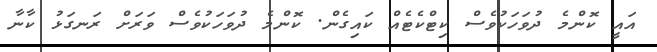
އައީ ކޮންމެ ދުވަހަކުވެސް ކިޓްކެޓެއް ކައިގެން. ކޮންމެ ދުވަހަކުވެސް ވަރަށް ރަނގަޅު ކާނާ